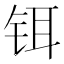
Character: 铒